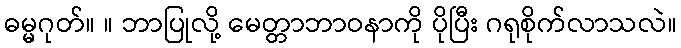
ဓမ္မဂုတ်။ ။ ဘာပြုလို့ မေတ္တာဘာဝနာကို ပိုပြီး ဂရုစိုက်လာသလဲ။